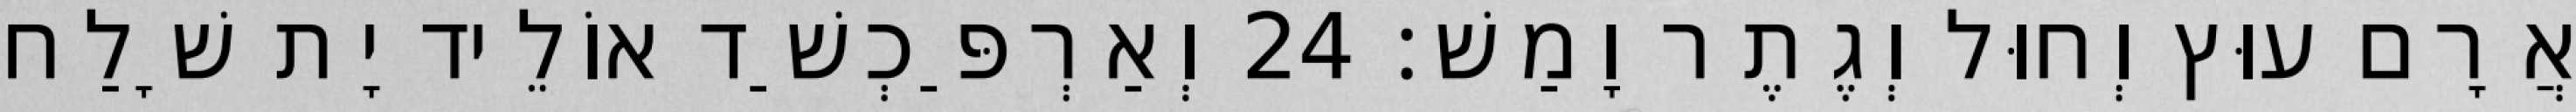
אֲרָם עוּץ וְחוּל וְגֶתֶר וָמַשׁ׃ 24 וְאַרְפַּכְשַׁד אוֹלֵיד יָת שָׁלַח